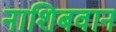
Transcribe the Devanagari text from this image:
नाशिबवान